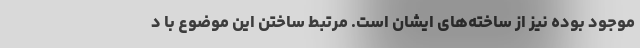
موجود بوده نیز از ساخته‌های ایشان است. مرتبط ساختن این موضوع با د